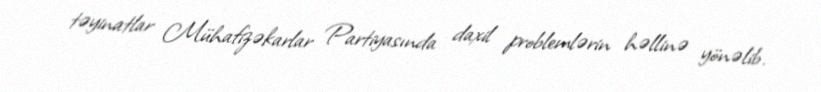
təyinatlar Mühafizəkarlar Partiyasında daxil problemlərin həllinə yönəlib.